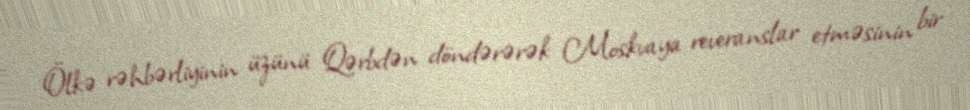
Ölkə rəhbərliyinin üzünü Qərbdən döndərərək Moskvaya reveranslar etməsinin bir